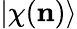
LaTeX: |\chi(\mathbf{n})\rangle